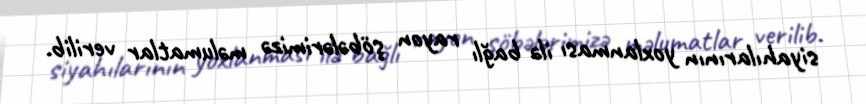
siyahılarının yoxlanması ilə bağlı rayon şöbələrimizə məlumatlar verilib.